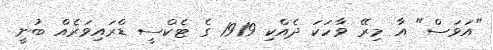
"އަވަސް" އާ މިރޭ ވާހަކަ ދެއްކި 1919 ގެ ޓެކްސީ ޑްރައިވަރެއް ބުނީ